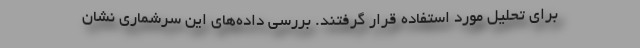
برای تحلیل مورد استفاده قرار گرفتند. بررسی داده‌های این سرشماری نشان